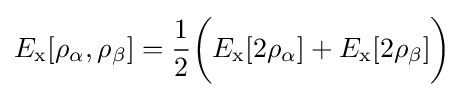
E_{\rm {x}}[\rho _{\alpha },\rho _{\beta }]={\frac {1}{2}}{\bigg (}E_{\rm {x}}[2\rho _{\alpha }]+E_{\rm {x}}[2\rho _{\beta }]{\bigg )}\